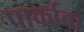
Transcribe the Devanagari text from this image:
पार्काचा